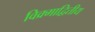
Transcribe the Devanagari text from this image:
विक्र्माद्वितीय